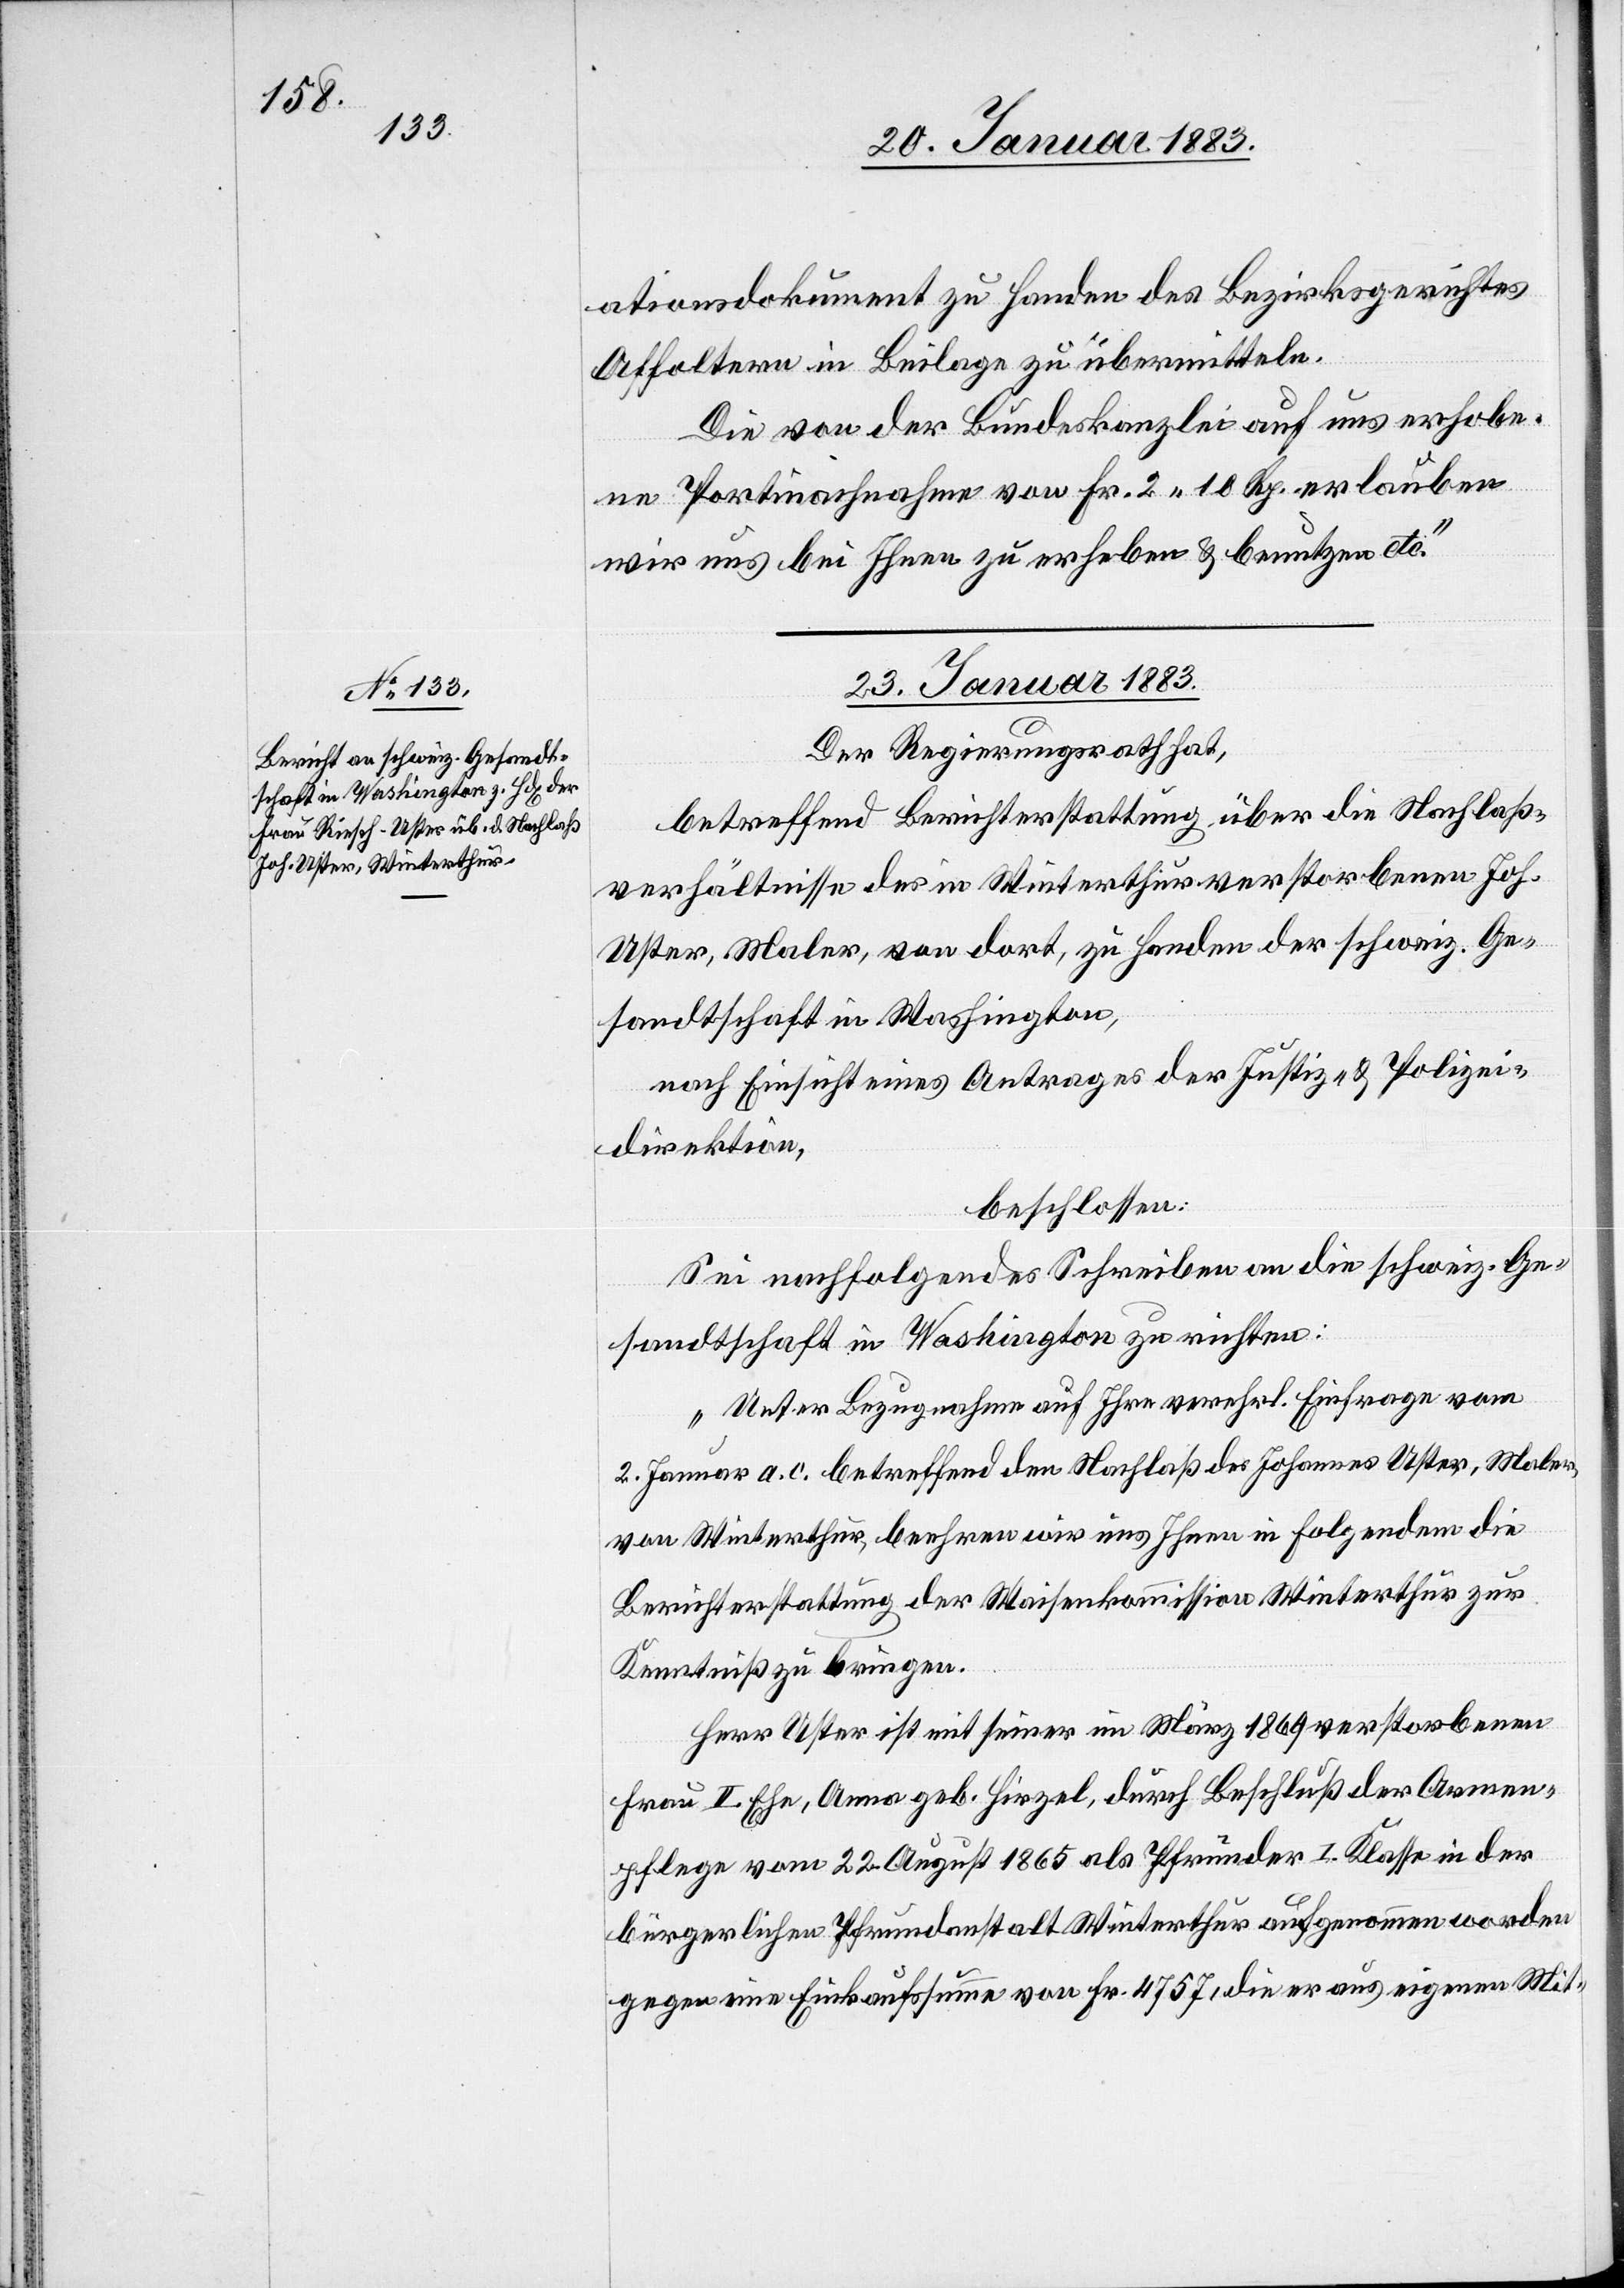
ationsdokument zu Handen des Bezirksgerichtes
Affoltern in Beilage zu übermitteln.
Die von der Bundeskanzlei auf uns erhobe¬
ne Portinachnahme von Fr. 2 10 Rp. erlauben
wir uns bei Ihnen zu erheben & benutzen etc.“
23. Januar 1883
Der Regierungsrath hat,
betreffend Berichterstattung über die Nachlaß¬
verhältnisse des in Winterthur verstorbenen Joh.
Uster, Maler, von dort, zu Handen der schweiz. Ge¬
sandtschaft in Washington,
nach Einsicht eines Antrages der Justiz- & Polizei¬
direktion,
beschlossen:
Sei nachfolgendes Schreiben an die schweiz, Ge¬
sandtschaft in Washington zu richten:
„Unter Bezugnahme auf Ihre verehrl. Einfrage vom
2. Januar a. c. betreffend den Nachlaß des Johannes Uster, Maler,
von Winterthur, beehren wir uns Ihnen in Folgendem die
Berichterstattung der Waisenkommission Winterthur zur
Kenntniß zu bringen.
Herr Uster ist mit seiner im März 1869 verstorbenen
Frau II. Ehe, Anna geb. Hirzel, durch Beschluß der Armen¬
pflege vom 22. August 1865 als Pfründer I. Klasse in der
bürgerlichen Pfrundanstalt Winterthur aufgenommen worden
gegen eine Einkaufssumme von Fr. 4757, die er aus eigenen Mit-